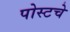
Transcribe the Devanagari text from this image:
पोस्टचे